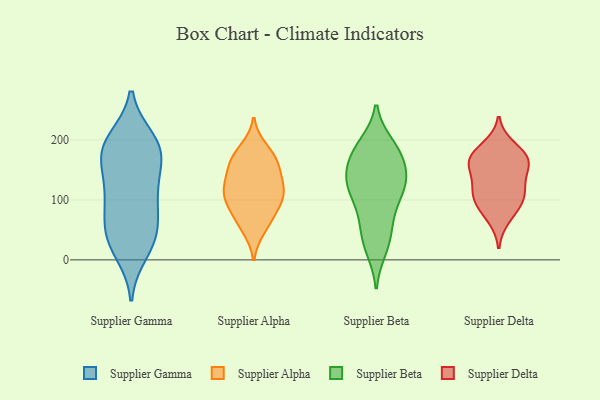
{"axis": {"x": "Net Income (USD K)", "y": "Value"}, "legend": ["Supplier Alpha", "Supplier Beta", "Supplier Delta", "Supplier Gamma"], "data": [{"x": "", "y": 41, "type": "Supplier Gamma"}, {"x": "", "y": 111, "type": "Supplier Gamma"}, {"x": "", "y": 190, "type": "Supplier Gamma"}, {"x": "", "y": 177, "type": "Supplier Gamma"}, {"x": "", "y": 100, "type": "Supplier Gamma"}, {"x": "", "y": 200, "type": "Supplier Gamma"}, {"x": "", "y": 147, "type": "Supplier Gamma"}, {"x": "", "y": 13, "type": "Supplier Gamma"}, {"x": "", "y": 82, "type": "Supplier Gamma"}, {"x": "", "y": 116, "type": "Supplier Gamma"}, {"x": "", "y": 181, "type": "Supplier Gamma"}, {"x": "", "y": 31, "type": "Supplier Gamma"}, {"x": "", "y": 172, "type": "Supplier Gamma"}, {"x": "", "y": 54, "type": "Supplier Gamma"}, {"x": "", "y": 196, "type": "Supplier Gamma"}, {"x": "", "y": 38, "type": "Supplier Gamma"}, {"x": "", "y": 163, "type": "Supplier Alpha"}, {"x": "", "y": 59, "type": "Supplier Alpha"}, {"x": "", "y": 101, "type": "Supplier Alpha"}, {"x": "", "y": 160, "type": "Supplier Alpha"}, {"x": "", "y": 128, "type": "Supplier Alpha"}, {"x": "", "y": 85, "type": "Supplier Alpha"}, {"x": "", "y": 76, "type": "Supplier Alpha"}, {"x": "", "y": 109, "type": "Supplier Alpha"}, {"x": "", "y": 107, "type": "Supplier Alpha"}, {"x": "", "y": 137, "type": "Supplier Alpha"}, {"x": "", "y": 127, "type": "Supplier Alpha"}, {"x": "", "y": 160, "type": "Supplier Alpha"}, {"x": "", "y": 50, "type": "Supplier Alpha"}, {"x": "", "y": 186, "type": "Supplier Alpha"}, {"x": "", "y": 178, "type": "Supplier Alpha"}, {"x": "", "y": 107, "type": "Supplier Alpha"}, {"x": "", "y": 132, "type": "Supplier Beta"}, {"x": "", "y": 66, "type": "Supplier Beta"}, {"x": "", "y": 65, "type": "Supplier Beta"}, {"x": "", "y": 26, "type": "Supplier Beta"}, {"x": "", "y": 112, "type": "Supplier Beta"}, {"x": "", "y": 129, "type": "Supplier Beta"}, {"x": "", "y": 146, "type": "Supplier Beta"}, {"x": "", "y": 129, "type": "Supplier Beta"}, {"x": "", "y": 122, "type": "Supplier Beta"}, {"x": "", "y": 159, "type": "Supplier Beta"}, {"x": "", "y": 90, "type": "Supplier Beta"}, {"x": "", "y": 169, "type": "Supplier Beta"}, {"x": "", "y": 18, "type": "Supplier Beta"}, {"x": "", "y": 177, "type": "Supplier Beta"}, {"x": "", "y": 119, "type": "Supplier Beta"}, {"x": "", "y": 187, "type": "Supplier Beta"}, {"x": "", "y": 192, "type": "Supplier Beta"}, {"x": "", "y": 187, "type": "Supplier Beta"}, {"x": "", "y": 36, "type": "Supplier Beta"}, {"x": "", "y": 96, "type": "Supplier Delta"}, {"x": "", "y": 169, "type": "Supplier Delta"}, {"x": "", "y": 115, "type": "Supplier Delta"}, {"x": "", "y": 189, "type": "Supplier Delta"}, {"x": "", "y": 152, "type": "Supplier Delta"}, {"x": "", "y": 69, "type": "Supplier Delta"}, {"x": "", "y": 127, "type": "Supplier Delta"}, {"x": "", "y": 110, "type": "Supplier Delta"}, {"x": "", "y": 159, "type": "Supplier Delta"}, {"x": "", "y": 168, "type": "Supplier Delta"}, {"x": "", "y": 93, "type": "Supplier Delta"}, {"x": "", "y": 171, "type": "Supplier Delta"}]}